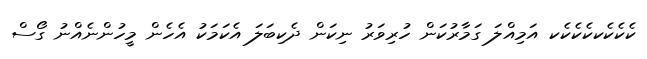
ކެކެކެކކެކެކެކ އަމިއްލަ ގަމާރުކަން ހުރިވަރު ނިކަން ދެކިބަލަ އެކަމަކު އެހެން މީހުންނެއްނު ގޯސް